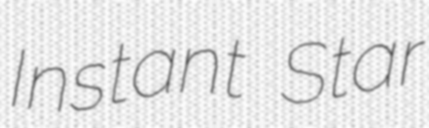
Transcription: Instant Star